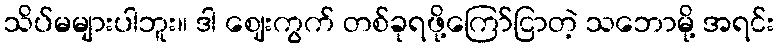
သိပ်မများပါဘူး။ ဒါ ဈေးကွက် တစ်ခုရဖို့ကြော်ငြာတဲ့ သဘောမို့ အရင်း